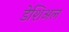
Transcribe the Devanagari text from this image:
डेशिअल